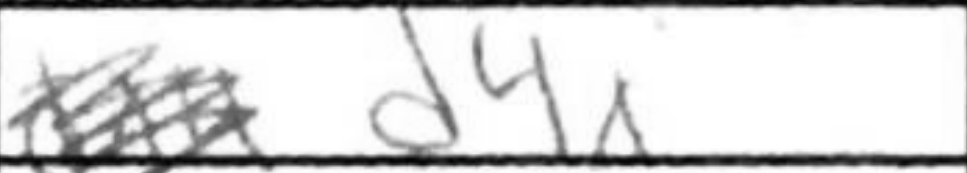
Transcription: cd